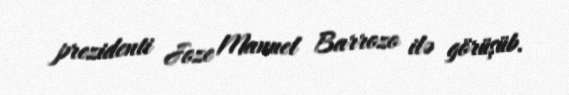
prezidenti Joze Manuel Barrozo ilə görüşüb.